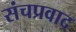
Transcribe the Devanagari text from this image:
संचप्रवाद